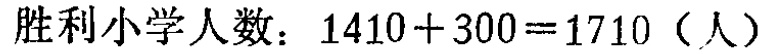
胜利小学人数：\(1410 + 300 = 1710\)（人）